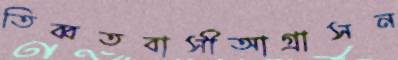
তিব্বতবাসীআগ্রাসন